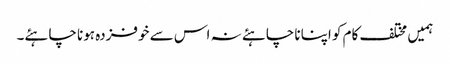
ہمیں مختلف کام کو اپنانا چاہئے نہ اس سے خوفزدہ ہونا چاہئے۔